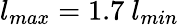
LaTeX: l_{max}=1.7~l_{min}